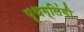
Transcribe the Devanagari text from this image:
पृथग्लिंगी